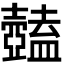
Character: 𥃕